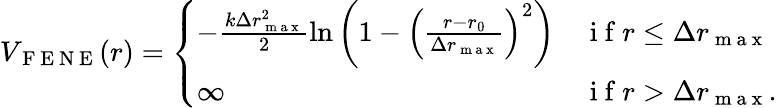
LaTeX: \begin{array}{r}{V_{\mathrm{~F~E~N~E~}}(r)=\left\{ \begin{array}{ll}{-\frac{k\Delta r_{\mathrm{~m~a~x~}}^{2}}{2}\ln\left(1-\left(\frac{r-r_{0}}{\Delta r_{\mathrm{~m~a~x~}}}\right)^{2}\right)}&{\mathrm{~i~f~}r\leq\Delta r_{\mathrm{~m~a~x~}}}\\ {\infty}&{\mathrm{~i~f~}r>\Delta r_{\mathrm{~m~a~x~}}.}\end{array}\right.}\end{array}